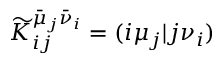
\widetilde { K } _ { i j } ^ { \bar { \mu } _ { j } \bar { \nu } _ { i } } = ( i \mu _ { j } \vert j \nu _ { i } )